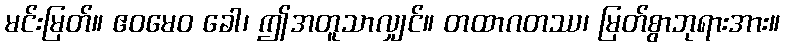
မင်းမြတ်။ ဧဝမေဝ ခေါ၊ ဤအတူသာလျှင်။ တထာဂတဿ၊ မြတ်စွာဘုရားအား။